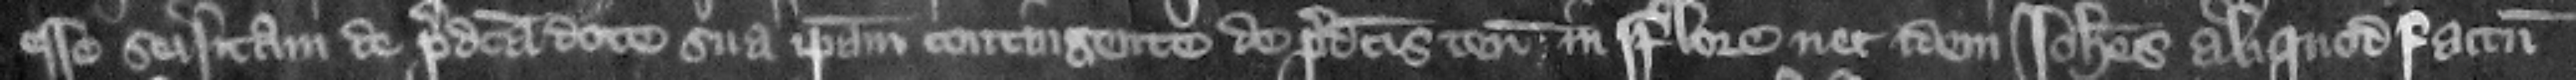
esse seisitam de predicta dote sua ipsam contingente de predictis tenementis in Flore. nec idem Iohannes aliquod factum